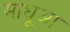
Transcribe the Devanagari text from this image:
माधूआ